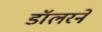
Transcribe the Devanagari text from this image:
डॉलरने